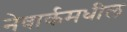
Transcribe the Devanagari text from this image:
नेवार्कमधील